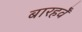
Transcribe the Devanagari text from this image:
बारहवेँ